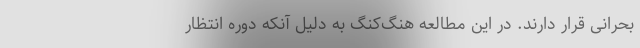
بحرانی قرار دارند. در این مطالعه هنگ‌کنگ به دلیل آنکه دوره انتظار